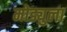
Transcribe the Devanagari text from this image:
मोड्युला